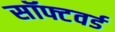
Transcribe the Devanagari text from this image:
सॉफ्टवर्ड